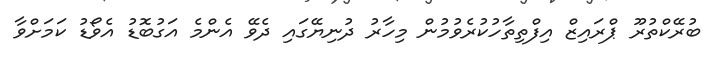
ބުރޭކްތުރޫ ޕްރައިޒް އިފްތިތާހުކުރެވުމުން މިހާރު ދުނިޔޭގައި ދެވޭ އެންމެ އަގުބޮޑު އެވޯޑު ކަމަށްވާ